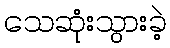
သေဆုံးသွားခဲ့